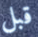
قبل